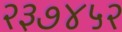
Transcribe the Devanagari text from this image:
२३७४५२